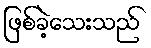
ဖြစ်ခဲ့သေးသည်